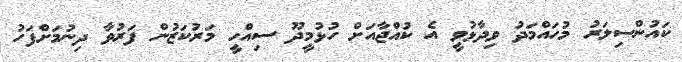
ކައުންސިލަރު މުހައްމަދު ވިދާޅުވީ އެ ކުއްޖާއަށް ހުޅުމީދޫ ސިއްހީ މަރުކަޒުން ފަރުވާ ދިނުމަށްފަހު